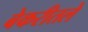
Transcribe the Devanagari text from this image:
बेकरीतले